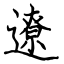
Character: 遼